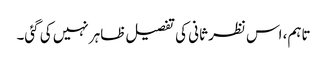
تاہم، اس نظر ثانی کی تفصیل ظاہر نہیں کی گئی۔